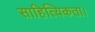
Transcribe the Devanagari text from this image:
साहित्यिकता।